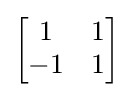
{\begin{bmatrix}1&1\\-1&1\end{bmatrix}}